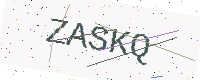
Text: ZASKQ